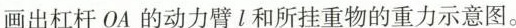
画出杠杆OA的动力臂l和所挂重物的重力示意图。